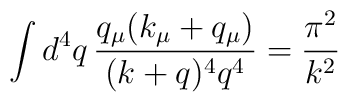
\int d^4q\,\frac{q_\mu (k_\mu+q_\mu)}{(k+q)^4 q^4} = \frac{\pi^2}{k^2}